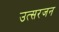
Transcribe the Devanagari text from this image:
उत्सरजन